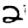
Digit: 2